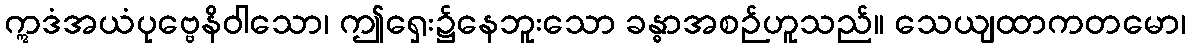
ဣဒံအယံပုဗ္ဗေနိဝါသော၊ ဤရှေး၌နေဘူးသော ခန္ဓာအစဉ်ဟူသည်။ သေယျထာကတမော၊